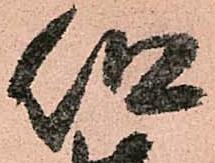
但